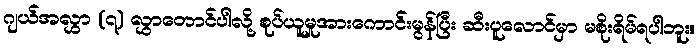
ဂျယ်အလွှာ (၇) လွှာတောင်ပါလို့ စုပ်ယူမှုအားကောင်းမွန်ပြီး ဆီးပူလောင်မှာ မစိုးရိမ်ရပါဘူး။